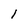
Character: l